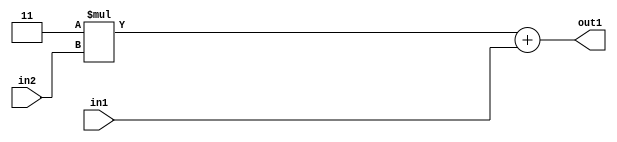
`timescale 1ps / 1ps
/*****************************************************************************
    Verilog RTL Description
    
    
    Created by: Stratus DpOpt 2019.1.01 
*******************************************************************************/

module GauFilter_Add2u2Mul2i3u2_1 (
	in2,
	in1,
	out1
	); /* architecture "behavioural" */ 
input [1:0] in2,
	in1;
output [3:0] out1;
wire [3:0] asc001;

wire [3:0] asc001_tmp_0;
assign asc001_tmp_0 = 
	+(4'B0011 * in2);
assign asc001 = asc001_tmp_0
	+(in1);

assign out1 = asc001;
endmodule

/* CADENCE  ubb2Qwk= : u9/ySgnWtBlWxVPRXgAZ4Og= ** DO NOT EDIT THIS LINE ******/